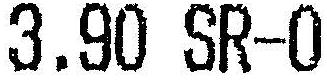
3.90 SR-0